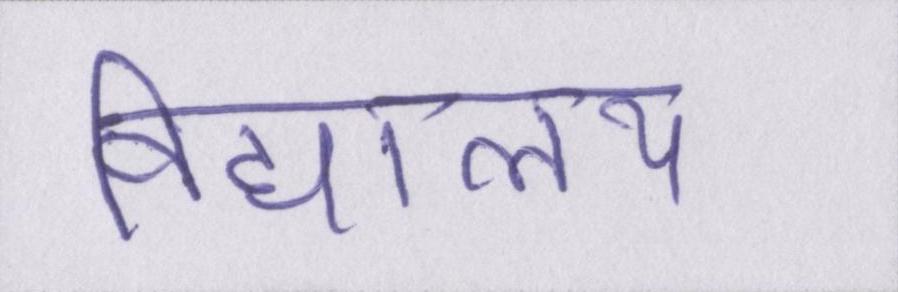
विद्यालय